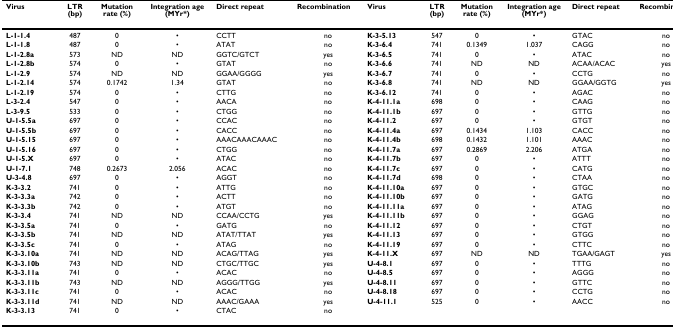
<table><thead><tr><td><b>Virus</b></td><td><b>LTR (bp)</b></td><td><b>Mutation rate (%)</b></td><td><b>Integration age (MYr*)</b></td><td><b>Direct repeat</b></td><td><b>Recombination</b></td><td><b>Virus</b></td><td><b>LTR (bp)</b></td><td><b>Mutation rate (%)</b></td><td><b>Integration age (MYr*)</b></td><td><b>Direct repeat</b></td><td><b>Recombination</b></td></tr></thead><tbody><tr><td><b>L-1-1.4</b></td><td>487</td><td>0</td><td>•</td><td>CCTT</td><td>no</td><td><b>K-3-5.13</b></td><td>547</td><td>0</td><td>•</td><td>GTAC</td><td>no</td></tr><tr><td><b>L-1-1.8</b></td><td>487</td><td>0</td><td>•</td><td>ATAT</td><td>no</td><td><b>K-3-6.4</b></td><td>741</td><td>0.1349</td><td>1.037</td><td>CAGG</td><td>no</td></tr><tr><td><b>L-1-2.8a</b></td><td>573</td><td>ND</td><td>ND</td><td>GGTC/GTCT</td><td>yes</td><td><b>K-3-6.5</b></td><td>741</td><td>0</td><td>•</td><td>ATAC</td><td>no</td></tr><tr><td><b>L-1-2.8b</b></td><td>574</td><td>0</td><td>•</td><td>GTAT</td><td>no</td><td><b>K-3-6.6</b></td><td>741</td><td>ND</td><td>ND</td><td>ACAA/ACAC</td><td>yes</td></tr><tr><td><b>L-1-2.9</b></td><td>574</td><td>ND</td><td>ND</td><td>GGAA/GGGG</td><td>yes</td><td><b>K-3-6.7</b></td><td>741</td><td>0</td><td>•</td><td>CCTG</td><td>no</td></tr><tr><td><b>L-1-2.14</b></td><td>574</td><td>0.1742</td><td>1.34</td><td>GTAT</td><td>no</td><td><b>K-3-6.8</b></td><td>741</td><td>ND</td><td>ND</td><td>GGAA/GGTG</td><td>yes</td></tr><tr><td><b>L-1-2.19</b></td><td>574</td><td>0</td><td>•</td><td>CTTG</td><td>no</td><td><b>K-3-6.12</b></td><td>741</td><td>0</td><td>•</td><td>AGAC</td><td>no</td></tr><tr><td><b>L-3-2.4</b></td><td>547</td><td>0</td><td>•</td><td>AACA</td><td>no</td><td><b>K-4-11.1a</b></td><td>698</td><td>0</td><td>•</td><td>CAAG</td><td>no</td></tr><tr><td><b>L-3-9.5</b></td><td>533</td><td>0</td><td>•</td><td>CTGG</td><td>no</td><td><b>K-4-11.1b</b></td><td>697</td><td>0</td><td>•</td><td>GTTG</td><td>no</td></tr><tr><td><b>U-1-5.5a</b></td><td>697</td><td>0</td><td>•</td><td>CCAC</td><td>no</td><td><b>K-4-11.2</b></td><td>697</td><td>0</td><td>•</td><td>GTGT</td><td>no</td></tr><tr><td><b>U-1-5.5b</b></td><td>697</td><td>0</td><td>•</td><td>CACC</td><td>no</td><td><b>K-4-11.4a</b></td><td>697</td><td>0.1434</td><td>1.103</td><td>CACC</td><td>no</td></tr><tr><td><b>U-1-5.15</b></td><td>697</td><td>0</td><td>•</td><td>AAACAAACAAAC</td><td>no</td><td><b>K-4-11.4b</b></td><td>698</td><td>0.1432</td><td>1.101</td><td>AAAC</td><td>no</td></tr><tr><td><b>U-1-5.16</b></td><td>697</td><td>0</td><td>•</td><td>CTGG</td><td>no</td><td><b>K-4-11.7a</b></td><td>697</td><td>0.2869</td><td>2.206</td><td>ATGA</td><td>no</td></tr><tr><td><b>U-1-5.X</b></td><td>697</td><td>0</td><td>•</td><td>ATAC</td><td>no</td><td><b>K-4-11.7b</b></td><td>697</td><td>0</td><td>•</td><td>ATTT</td><td>no</td></tr><tr><td><b>U-1-7.1</b></td><td>748</td><td>0.2673</td><td>2.056</td><td>ACAC</td><td>no</td><td><b>K-4-11.7c</b></td><td>697</td><td>0</td><td>•</td><td>CATG</td><td>no</td></tr><tr><td><b>U-3-4.8</b></td><td>697</td><td>0</td><td>•</td><td>AGGT</td><td>no</td><td><b>K-4-11.7d</b></td><td>698</td><td>0</td><td>•</td><td>CTAA</td><td>no</td></tr><tr><td><b>K-3-3.2</b></td><td>741</td><td>0</td><td>•</td><td>ATTG</td><td>no</td><td><b>K-4-11.10a</b></td><td>697</td><td>0</td><td>•</td><td>GTGC</td><td>no</td></tr><tr><td><b>K-3-3.3a</b></td><td>742</td><td>0</td><td>•</td><td>ACTT</td><td>no</td><td><b>K-4-11.10b</b></td><td>697</td><td>0</td><td>•</td><td>GATG</td><td>no</td></tr><tr><td><b>K-3-3.3b</b></td><td>742</td><td>0</td><td>•</td><td>ATGT</td><td>no</td><td><b>K-4-11.11a</b></td><td>697</td><td>0</td><td>•</td><td>ATAG</td><td>no</td></tr><tr><td><b>K-3-3.4</b></td><td>741</td><td>ND</td><td>ND</td><td>CCAA/CCTG</td><td>yes</td><td><b>K-4-11.11b</b></td><td>697</td><td>0</td><td>•</td><td>GGAG</td><td>no</td></tr><tr><td><b>K-3-3.5a</b></td><td>741</td><td>0</td><td>•</td><td>GATG</td><td>no</td><td><b>K-4-11.12</b></td><td>697</td><td>0</td><td>•</td><td>CTGT</td><td>no</td></tr><tr><td><b>K-3-3.5b</b></td><td>741</td><td>ND</td><td>ND</td><td>ATAT/TTAT</td><td>yes</td><td><b>K-4-11.13</b></td><td>697</td><td>0</td><td>•</td><td>GTGG</td><td>no</td></tr><tr><td><b>K-3-3.5c</b></td><td>741</td><td>0</td><td>•</td><td>ATAG</td><td>no</td><td><b>K-4-11.19</b></td><td>697</td><td>0</td><td>•</td><td>CTTC</td><td>no</td></tr><tr><td><b>K-3-3.10a</b></td><td>741</td><td>ND</td><td>ND</td><td>ACAG/TTAG</td><td>yes</td><td><b>K-4-11.X</b></td><td>697</td><td>ND</td><td>ND</td><td>TGAA/GAGT</td><td>yes</td></tr><tr><td><b>K-3-3.10b</b></td><td>743</td><td>ND</td><td>ND</td><td>CTGC/TTGC</td><td>yes</td><td><b>U-4-8.1</b></td><td>697</td><td>0</td><td>•</td><td>TTTG</td><td>no</td></tr><tr><td><b>K-3-3.11a</b></td><td>741</td><td>0</td><td>•</td><td>ACAC</td><td>no</td><td><b>U-4-8.5</b></td><td>697</td><td>0</td><td>•</td><td>AGGG</td><td>no</td></tr><tr><td><b>K-3-3.11b</b></td><td>743</td><td>ND</td><td>ND</td><td>AGGG/TTGG</td><td>yes</td><td><b>U-4-8.11</b></td><td>697</td><td>0</td><td>•</td><td>GTTC</td><td>no</td></tr><tr><td><b>K-3-3.11c</b></td><td>741</td><td>0</td><td>•</td><td>ACAC</td><td>no</td><td><b>U-4-8.18</b></td><td>697</td><td>0</td><td>•</td><td>CCTG</td><td>no</td></tr><tr><td><b>K-3-3.11d</b></td><td>741</td><td>ND</td><td>ND</td><td>AAAC/GAAA</td><td>yes</td><td><b>U-4-11.1</b></td><td>525</td><td>0</td><td>•</td><td>AACC</td><td>no</td></tr><tr><td><b>K-3-3.13</b></td><td>741</td><td>0</td><td>•</td><td>CTAC</td><td>no</td><td></td><td></td><td></td><td></td><td></td><td></td></tr></tbody></table>